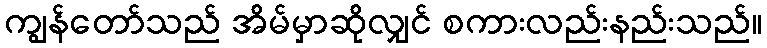
ကျွန်တော်သည် အိမ်မှာဆိုလျှင် စကားလည်းနည်းသည်။